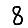
Digit: 8